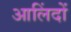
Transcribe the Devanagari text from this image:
आलिंदों